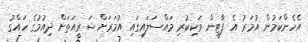
އެހެންކަމުން އުމަރު އެ ޕާޓީން ވަކިކުރި މައްސަލައިގައި އުމަރަށް ޝަރީއަތަށް ދިއުމުގެ ހައްގު